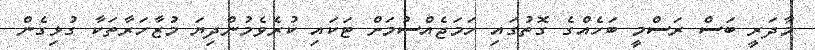
މާދަރީ ބަސް ރަސްމީ ބަހެެއްގެ ގޮތުގައި ހަމަޖެއްސުމަށް ޓަކައި ކުރެވެމުންދިޔަ މުޒާހަރާތަކާ ގުޅިގެން